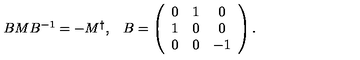
\begin{array} { c c } { B M B ^ { - 1 } = - M ^ { \dagger } , } & { B = \left( \begin{array} { c c c } { 0 } & { 1 } & { 0 } \\ { 1 } & { 0 } & { 0 } \\ { 0 } & { 0 } & { - 1 } \\ \end{array} \right) . } \\ \end{array}